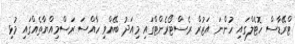
ޓްރޭޑާސް ހޮޓެލްގައި ހުންނަ އަޒުރް ރެސްޓޯރެންޓްގައި މިއަދު ބޭއްވި ހާއްސަ ރަސްމިއްޔާތެއްގައި މުޅި